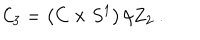
LaTeX: { \cal C } _ { 3 } = \left( C \times S ^ { 1 } \right) / Z _ { 2 } \ .